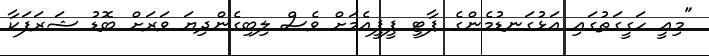
"މިއީ ހަގީގަތުގައި އަޅުގަނޑުމެންގެ ޕާޓީ ޕީޕީއެމަށް ވެސް ލިބިގެންދިޔަ ވަރަށް ބޮޑު ޝަރަފަކާ